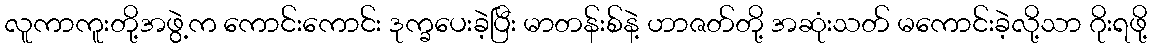
လူကာကူးတို့အဖွဲ့က ကောင်းကောင်း ဒုက္ခပေးခဲ့ပြီး မာတန်းစ်နဲ့ ဟာဇတ်တို့ အဆုံးသတ် မကောင်းခဲ့လို့သာ ဂိုးရဖို့